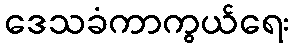
ဒေသခံကာကွယ်ရေး